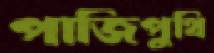
পাজিপুথি